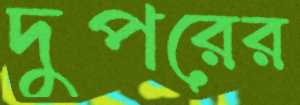
দুপরের